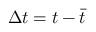
\Delta t = t - \bar { t }